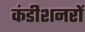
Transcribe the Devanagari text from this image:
कंडीशनरों